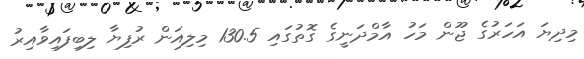
މިދިޔަ އަހަރުގެ ޖޫން މަހު އާމްދަނީގެ ގޮތުގައި 130.5 މިލިއަން ރުފިޔާ ލިބިފައިވާއިރު